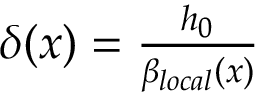
\begin{array} { r } { \delta ( x ) = \frac { h _ { 0 } } { \beta _ { l o c a l } ( x ) } } \end{array}